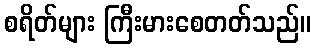
စရိတ်များ ကြီးမားစေတတ်သည်။